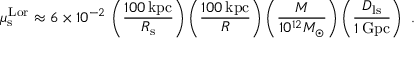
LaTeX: \mu _ { \mathrm { s } } ^ { \mathrm { L o r } } \approx 6 \times 1 0 ^ { - 2 } \, \left( \frac { 1 0 0 \, \mathrm { k p c } } { R _ { \mathrm { s } } } \right) \left( \frac { 1 0 0 \, \mathrm { k p c } } { R } \right) \left( \frac { M } { 1 0 ^ { 1 2 } M _ { \odot } } \right) \left( \frac { D _ { \mathrm { l s } } } { 1 \, \mathrm { G p c } } \right) \ .